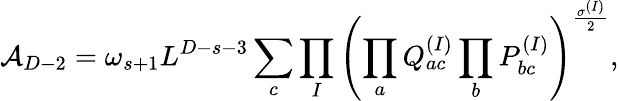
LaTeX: {\cal A}_{D-2}=\omega_{s+1}L^{D-s-3}\sum_{c}\prod_{I}\left(\prod_{a}Q_{ac}^{(I)}\prod_{b}P_{bc}^{(I)}\right)^{\frac{\sigma^{(I)}}{2}},